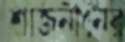
শাজনীনের